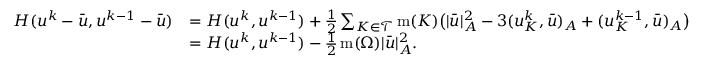
\begin{array} { r l } { H ( u ^ { k } - \bar { u } , u ^ { k - 1 } - \bar { u } ) } & { = H ( u ^ { k } , u ^ { k - 1 } ) + \frac 1 2 \sum _ { K \in { \mathcal T } } \operatorname { m } ( K ) \big ( | \bar { u } | _ { A } ^ { 2 } - 3 ( u _ { K } ^ { k } , \bar { u } ) _ { A } + ( u _ { K } ^ { k - 1 } , \bar { u } ) _ { A } \big ) } \\ & { = H ( u ^ { k } , u ^ { k - 1 } ) - \frac 1 2 \operatorname { m } ( \Omega ) | \bar { u } | _ { A } ^ { 2 } . } \end{array}